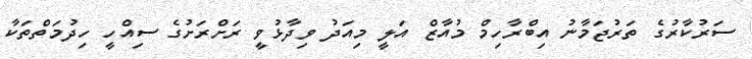
ސަރުކާރުގެ ތަރުޖަމާނު އިބްރާހިމް މުއާޒް އަލީ މިއަދު ވިދާޅުވީ ރަށްރަށުގެ ސިއްހީ ހިދުމަތްތަކާ